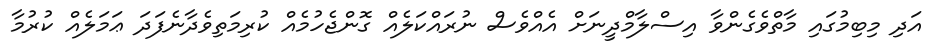
އަދި މިބިމުގައި މާތްވެގެންވާ އިސްލާމްދީނަށް އެއްވެސް ނުރައްކަލެއް ގޮންޖެހުމެއް ކުރިމަތިވެދާނެފަދަ ޢަމަލެއް ކުރުމާ